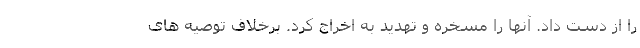
را از دست داد. آنها را مسخره و تهدید به اخراج کرد. برخلاف توصیه های